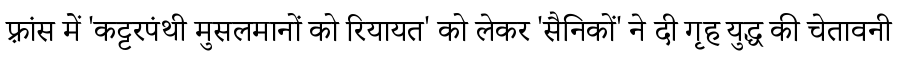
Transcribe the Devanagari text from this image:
फ़्रांस में 'कट्टरपंथी मुसलमानों को रियायत' को लेकर 'सैनिकों' ने दी गृह युद्ध की चेतावनी